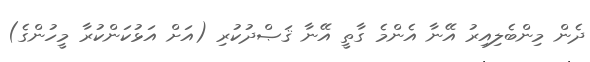
ދެން މިންބެލިއިރު އޭނާ އެންމެ ގާތީ އޭނާ ޤަޞްދުކުރި (އަށް އަޅުކަންކުރާ މީހުންގެ)